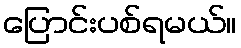
ပြောင်းပစ်ရမယ်။